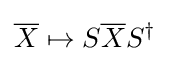
{\overline {X}}\mapsto S{\overline {X}}S^{\dagger }~